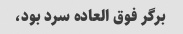
برگر فوق العاده سرد بود،